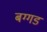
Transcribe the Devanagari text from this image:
बग्‍गड